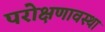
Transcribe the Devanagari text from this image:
परोक्षणावस्था